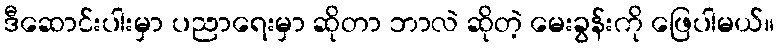
ဒီဆောင်းပါးမှာ ပညာရေးမှာ ဆိုတာ ဘာလဲ ဆိုတဲ့ မေးခွန်းကို ဖြေပါမယ်။